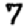
Digit: 7